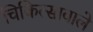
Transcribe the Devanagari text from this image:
चिकित्सावाले